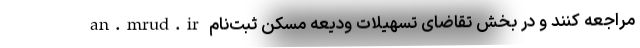
an.mrud.ir مراجعه کنند و در بخش تقاضای تسهیلات ودیعه مسکن ثبت‌نام